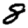
Digit: 8